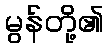
မွန်တို့၏